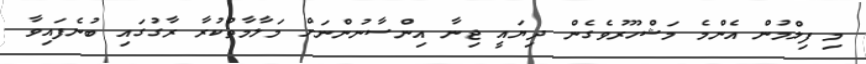
މި ފިލްމުން އެންމެ މަޝްހޫރުވެގެން ދިޔައީ ޖިނާ އިންސާނުންނަށް މަލާމާތްކުރާ ރާގުގައި ބުނެފައިވާ